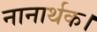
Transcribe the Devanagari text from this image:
नानार्थक।